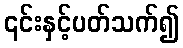
၎င်းနှင့်ပတ်သက်၍